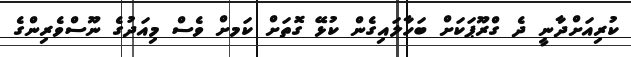
ކުރިއަށްދާނީ ދެ ގްރޫޕަކަށް ބަހާލައިގެން ކުޅޭ ގޮތަށް ކަަމށް ވެސް މިއަދުގެ ނޫސްވެރިންގެ